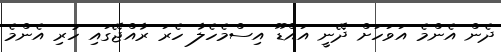
ދެން އެންމެ އަވަހަށް ދޭނީ އައްޑޫ އިސްމެހެލާ ހެރަ ރާއްޖޭގައި ހުރި އެންމެ